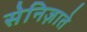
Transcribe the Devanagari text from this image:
सेनिज़ाते